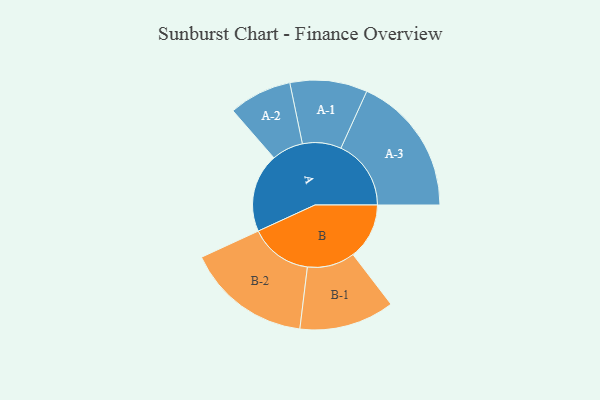
{"axis": {"x": "Segment", "y": "Value"}, "legend": ["", "A", "B"], "data": [{"x": "A", "y": 328, "type": ""}, {"x": "B", "y": 234, "type": ""}, {"x": "A-1", "y": 161, "type": "A"}, {"x": "A-2", "y": 131, "type": "A"}, {"x": "A-3", "y": 292, "type": "A"}, {"x": "B-1", "y": 198, "type": "B"}, {"x": "B-2", "y": 260, "type": "B"}]}